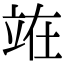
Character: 𫞼